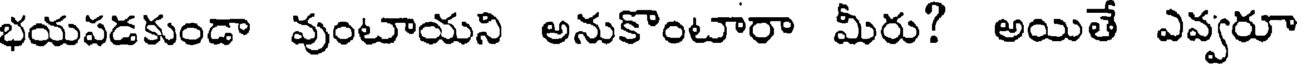
భయపడకుండా వుంటాయని అనుకొంటారా మీరు? అయితే ఎవ్వరూ